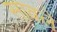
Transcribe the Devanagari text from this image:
सावले